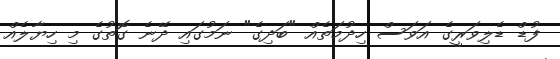
ފުޑް ޑެލިވަރީގެ އަވަސް ހިދުމަތެއް "ބަދިގެ" ނަމުގައި ދޭނެ ގޮތުގެ މި ހިޔާލެއް